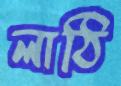
লাঠি